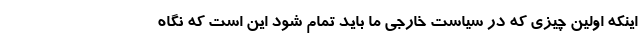
اینکه اولین چیزی که در سیاست خارجی ما باید تمام شود این است که نگاه